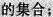
的集合；